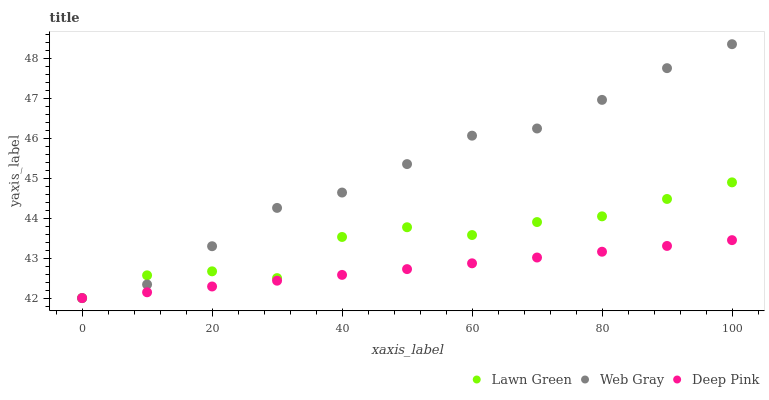
| xaxis_label | Lawn Green | Web Gray | Deep Pink |
 | --- | --- | --- | --- |
 | 0 | 42 | 42 | 42 |
 | 10 | 42.6 | 42.3 | 42.1 |
 | 20 | 42.7 | 43.3 | 42.3 |
 | 30 | 42.5 | 44.3 | 42.4 |
 | 40 | 43.5 | 44.6 | 42.6 |
 | 50 | 43.8 | 45.4 | 42.7 |
 | 60 | 43.6 | 46.1 | 42.9 |
 | 70 | 43.9 | 46.2 | 43 |
 | 80 | 44 | 47 | 43.2 |
 | 90 | 44.5 | 47.8 | 43.3 |
 | 100 | 44.9 | 48.4 | 43.5 |